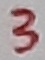
Text: 3